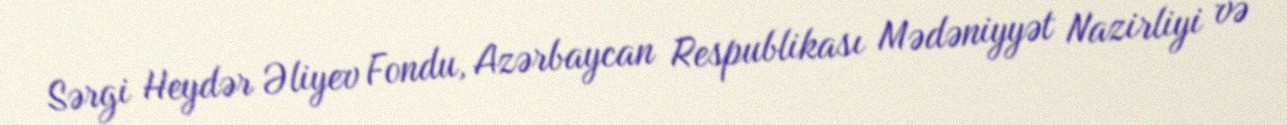
Sərgi Heydər Əliyev Fondu, Azərbaycan Respublikası Mədəniyyət Nazirliyi və